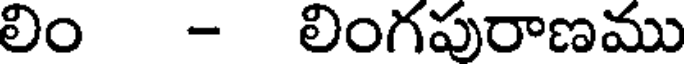
లిం - లింగపురాణము